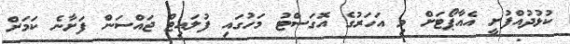
ކުޅުދުއްފުށީ އެއާޕޯޓަށް މި އަހަރުގެ އޮގަސްޓު މަހުގައި ފުލައިޓް ޖައްސަން ފަށާނެ ކަަމަށް